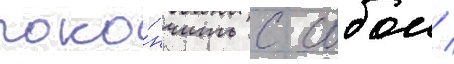
поко́нчить с собои /